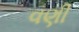
વણી